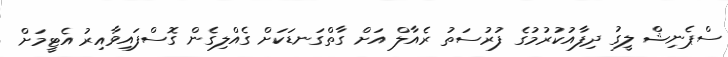
ސްޕެނިޝް ލީގު ދިފާއުކުރުމުގެ ފުރުސަތު ރެއާލް އަށް ގާތްގަނޑަކަށް ގެއްލިގެން ގޮސްފައިވާއިރު އެޓީމަށް